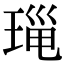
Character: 𤦄